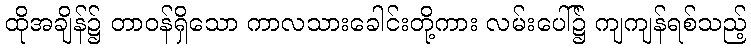
ထိုအချိန်၌ တာဝန်ရှိသော ကာလသားခေါင်းတို့ကား လမ်းပေါ်၌ ကျကျန်ရစ်သည့်